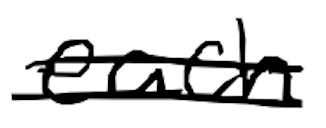
Text: each
Cross-out: double-line
Writing tool: digital_black